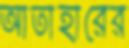
আতাহারের